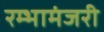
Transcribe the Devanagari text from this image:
रम्भामंजरी